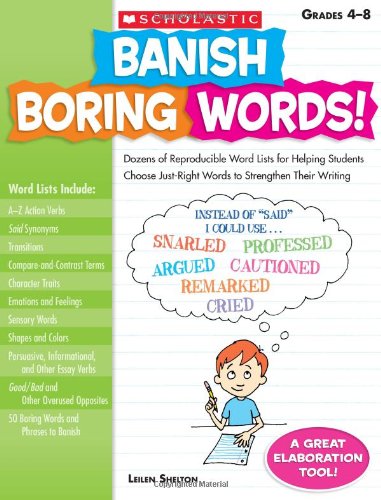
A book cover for Banish Boring Words!: Dozens of Reproducible Word Lists for Helping Students Choose Just-Right Words to Strengthen Their Writing; Leilen Shelton; Reference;